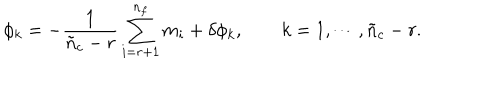
\phi _ { k } = - \frac { 1 } { \tilde { n } _ { c } - r } \sum _ { i = r + 1 } ^ { n _ { f } } m _ { i } + \delta \phi _ { k } , \qquad k = 1 , \cdots , \tilde { n } _ { c } - r .